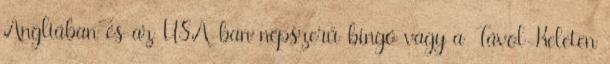
Angliában és az USA-ban népszerű bingó vagy a Távol-Keleten